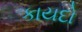
કાયદો